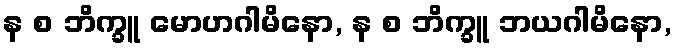
န စ ဘိက္ခူ မောဟဂါမိနော, န စ ဘိက္ခူ ဘယဂါမိနော,